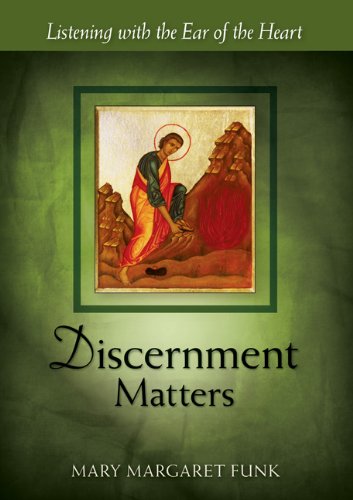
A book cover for Discernment Matters: Listening with the Ear of the Heart (The Matters Series); Mary Margaret Funk OSB; Christian Books & Bibles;